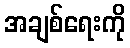
အချစ်ရေးကို